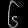
Digit: ၆